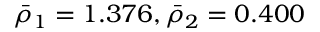
\bar { \rho } _ { 1 } = 1 . 3 7 6 , \bar { \rho } _ { 2 } = 0 . 4 0 0